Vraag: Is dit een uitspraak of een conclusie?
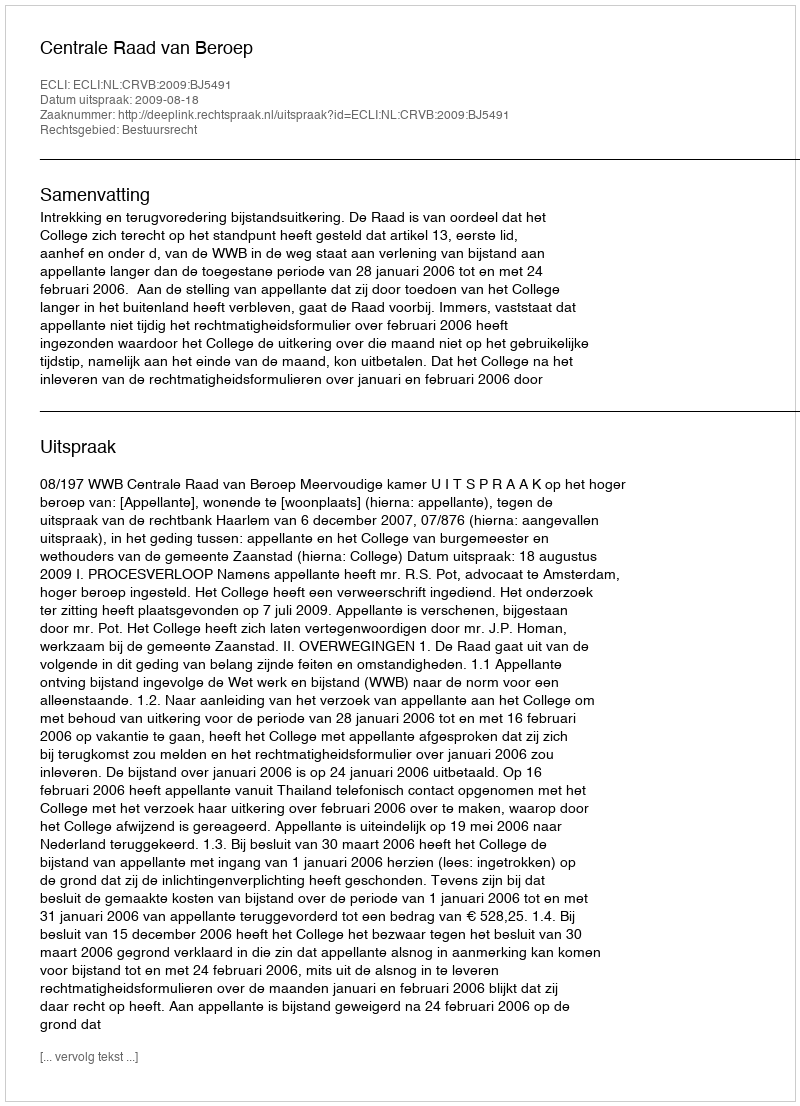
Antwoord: Uitspraak